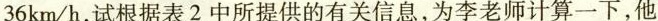
36km/h，试根据表 2 中所提供的有关信息，为李老师计算一下，他